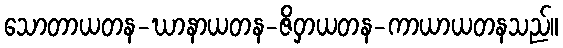
သောတာယတန-ဃာနာယတန-ဇိဝှာယတန-ကာယာယတနသည်။